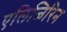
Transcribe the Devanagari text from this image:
एलिजिरिन